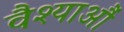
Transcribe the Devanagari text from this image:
वैश्याऔं